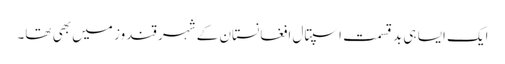
ایک ایسا ہی بد قسمت اسپتال افغانستان کے شہر قندوز میں بھی تھا۔